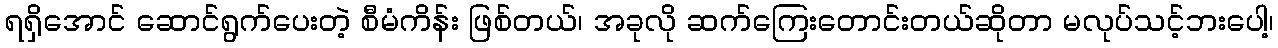
ရရှိအောင် ဆောင်ရွက်ပေးတဲ့ စီမံကိန်း ဖြစ်တယ်၊ အခုလို ဆက်ကြေးတောင်းတယ်ဆိုတာ မလုပ်သင့်ဘးပေါ့၊